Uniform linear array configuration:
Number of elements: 16
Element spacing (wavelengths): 0.5
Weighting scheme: blackman
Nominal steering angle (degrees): -60
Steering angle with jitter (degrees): -58.055
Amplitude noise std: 0.05
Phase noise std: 0.05

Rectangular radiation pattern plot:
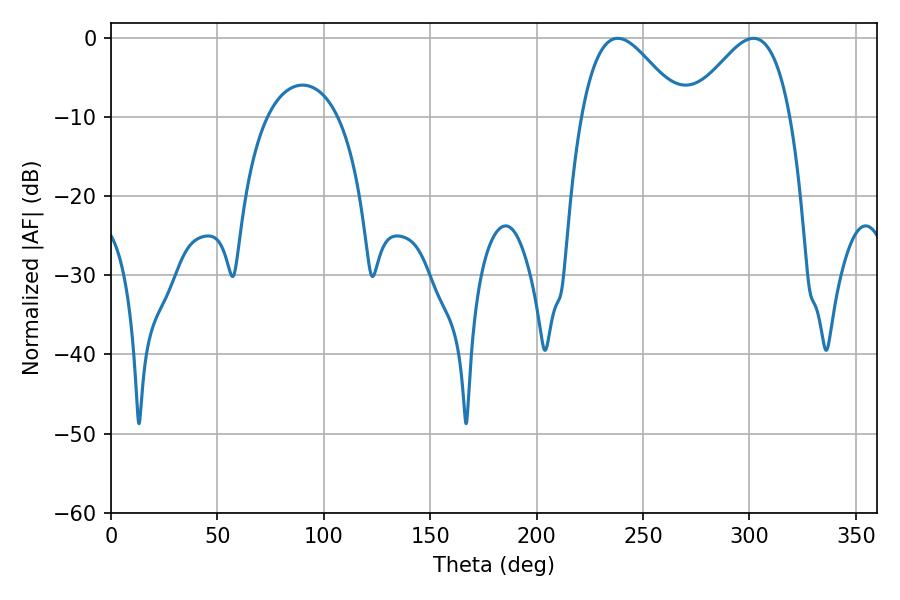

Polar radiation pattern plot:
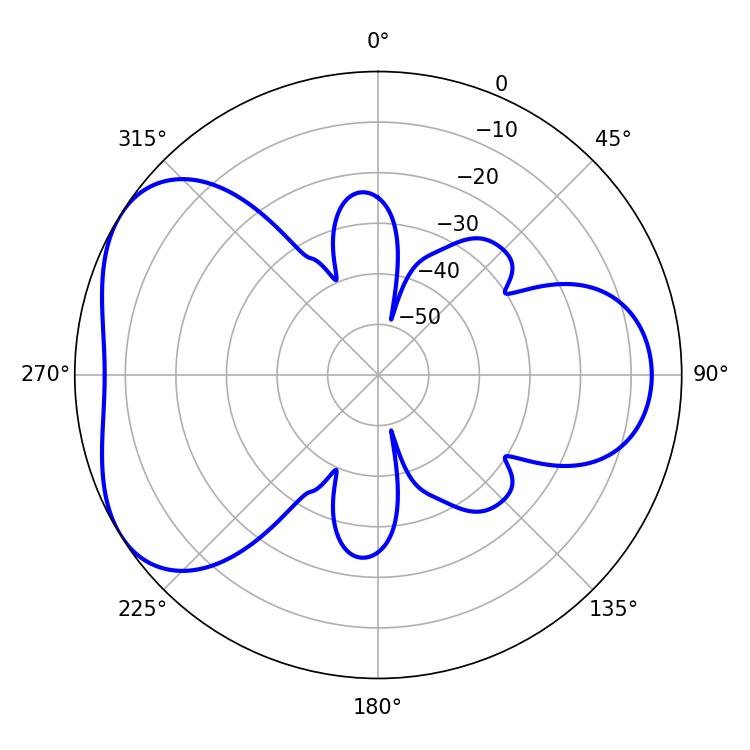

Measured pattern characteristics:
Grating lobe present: FALSE
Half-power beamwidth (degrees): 25.38
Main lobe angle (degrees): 238.14